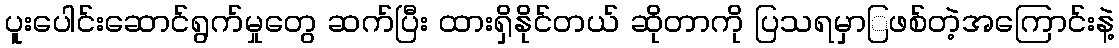
ပူးပေါင်းဆောင်ရွက်မှုတွေ ဆက်ပြီး ထားရှိနိုင်တယ် ဆိုတာကို ပြသရမှာြဖစ်တဲ့အကြောင်းနဲ့